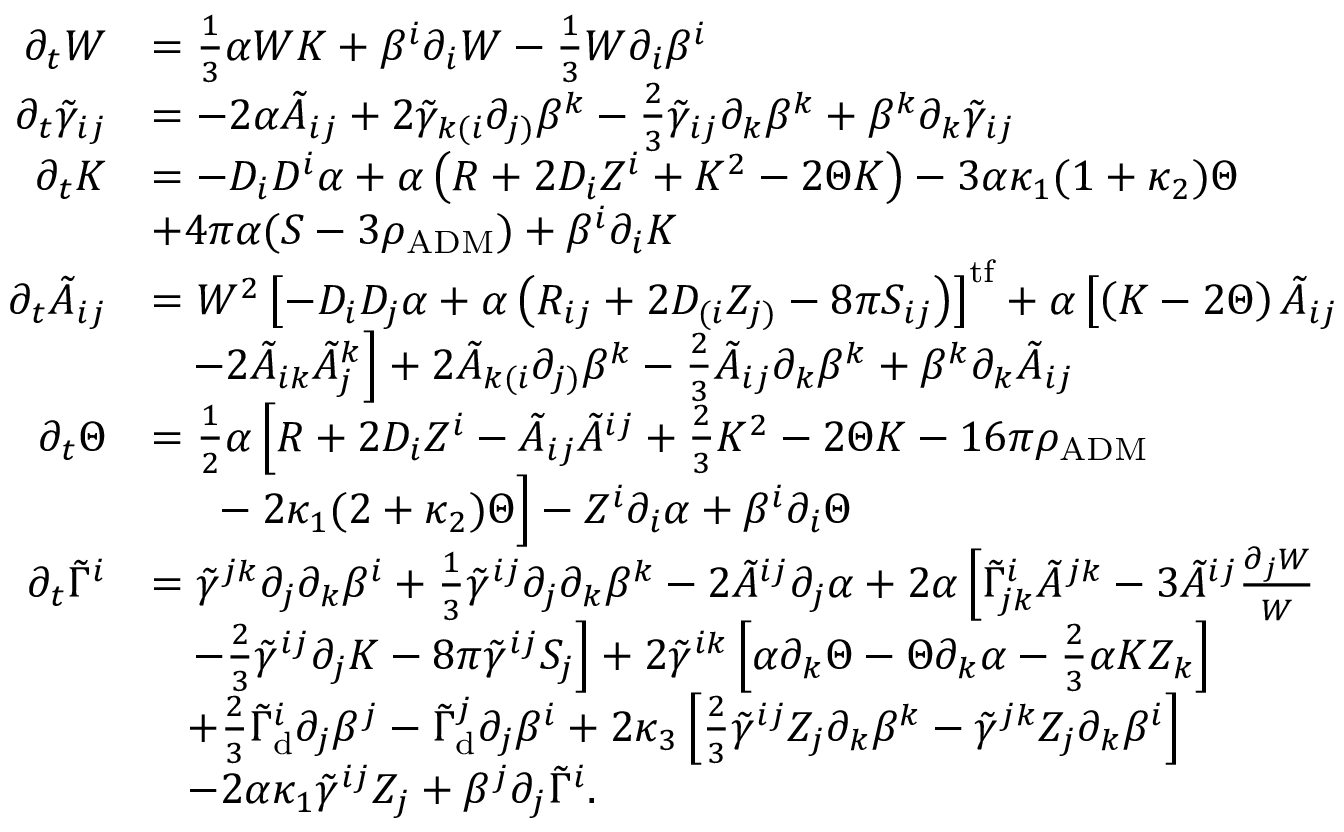
\begin{array} { r l } { \partial _ { t } W } & { = \frac { 1 } { 3 } \alpha W K + \beta ^ { i } \partial _ { i } W - \frac { 1 } { 3 } W \partial _ { i } \beta ^ { i } } \\ { \partial _ { t } \tilde { \gamma } _ { i j } } & { = - 2 \alpha \tilde { A } _ { i j } + 2 \tilde { \gamma } _ { k ( i } \partial _ { j ) } \beta ^ { k } - \frac { 2 } { 3 } \tilde { \gamma } _ { i j } \partial _ { k } \beta ^ { k } + \beta ^ { k } \partial _ { k } \tilde { \gamma } _ { i j } } \\ { \partial _ { t } K } & { = - D _ { i } D ^ { i } \alpha + \alpha \left( R + 2 D _ { i } Z ^ { i } + K ^ { 2 } - 2 \Theta K \right) - 3 \alpha \kappa _ { 1 } ( 1 + \kappa _ { 2 } ) \Theta } \\ & { + 4 \pi \alpha ( S - 3 \rho _ { \mathrm { A D M } } ) + \beta ^ { i } \partial _ { i } K } \\ { \partial _ { t } \tilde { A } _ { i j } } & { = W ^ { 2 } \left[ - D _ { i } D _ { j } \alpha + \alpha \left( R _ { i j } + 2 D _ { ( i } Z _ { j ) } - 8 \pi S _ { i j } \right) \right] ^ { \mathrm { t f } } + \alpha \left[ \left( K - 2 \Theta \right) \tilde { A } _ { i j } \right. } \\ & { \left. \; \; \; - 2 \tilde { A } _ { i k } \tilde { A } _ { j } ^ { k } \right] + 2 \tilde { A } _ { k ( i } \partial _ { j ) } \beta ^ { k } - \frac { 2 } { 3 } \tilde { A } _ { i j } \partial _ { k } \beta ^ { k } + \beta ^ { k } \partial _ { k } \tilde { A } _ { i j } } \\ { \partial _ { t } \Theta } & { = \frac { 1 } { 2 } \alpha \left[ R + 2 D _ { i } Z ^ { i } - \tilde { A } _ { i j } \tilde { A } ^ { i j } + \frac { 2 } { 3 } K ^ { 2 } - 2 \Theta K - 1 6 \pi \rho _ { \mathrm { A D M } } \right. } \\ & { \left. \phantom { \frac { 0 } { 0 } } \; \; - 2 \kappa _ { 1 } ( 2 + \kappa _ { 2 } ) \Theta \right] - Z ^ { i } \partial _ { i } \alpha + \beta ^ { i } \partial _ { i } \Theta } \\ { \partial _ { t } \tilde { \Gamma } ^ { i } } & { = \tilde { \gamma } ^ { j k } \partial _ { j } \partial _ { k } \beta ^ { i } + \frac { 1 } { 3 } \tilde { \gamma } ^ { i j } \partial _ { j } \partial _ { k } \beta ^ { k } - 2 \tilde { A } ^ { i j } \partial _ { j } \alpha + 2 \alpha \left[ \tilde { \Gamma } _ { j k } ^ { i } \tilde { A } ^ { j k } - 3 \tilde { A } ^ { i j } \frac { \partial _ { j } W } { W } \right. } \\ & { \left. \; \; \; - \frac { 2 } { 3 } \tilde { \gamma } ^ { i j } \partial _ { j } K - 8 \pi \tilde { \gamma } ^ { i j } S _ { j } \right] + 2 \tilde { \gamma } ^ { i k } \left[ \alpha \partial _ { k } \Theta - \Theta \partial _ { k } \alpha - \frac { 2 } { 3 } \alpha K Z _ { k } \right] } \\ & { \; \; \; + \frac { 2 } { 3 } \tilde { \Gamma } _ { \mathrm { d } } ^ { i } \partial _ { j } \beta ^ { j } - \tilde { \Gamma } _ { \mathrm { d } } ^ { j } \partial _ { j } \beta ^ { i } + 2 \kappa _ { 3 } \left[ \frac { 2 } { 3 } \tilde { \gamma } ^ { i j } Z _ { j } \partial _ { k } \beta ^ { k } - \tilde { \gamma } ^ { j k } Z _ { j } \partial _ { k } \beta ^ { i } \right] } \\ & { \; \; \; - 2 \alpha \kappa _ { 1 } \tilde { \gamma } ^ { i j } Z _ { j } + \beta ^ { j } \partial _ { j } \tilde { \Gamma } ^ { i } . } \end{array}